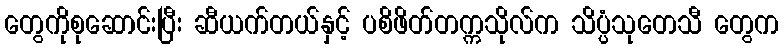
တွေကိုစုဆောင်းပြီး ဆီယက်တယ်နှင့် ပစိဖိတ်တက္ကသိုလ်က သိပ္ပံသုတေသီ တွေက